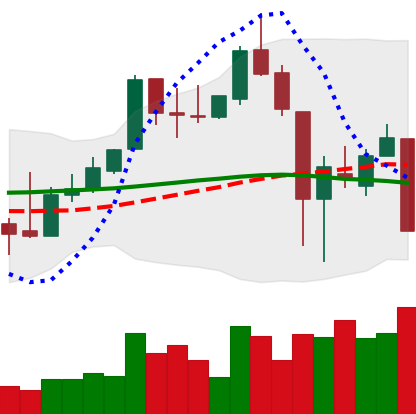
Ticker: XLM-USD
Chart end date: 2018-11-19
Forward return: -31.285%
Label: down_7plus